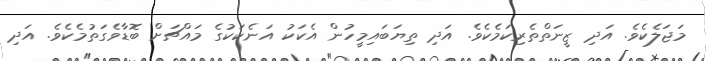
މަޖަލެކެވެ. އަދި ޒީނަތްތެރިކަމެކެވެ. އަދި ތިޔަބައިމީހުން އެކަކު އަނެކަކުގެ މައްޗަށް ބޮޑާވެގަތުމެކެވެ. އަދި